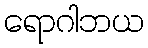
ရောဂါဘယ